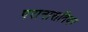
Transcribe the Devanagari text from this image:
परानासविवर